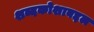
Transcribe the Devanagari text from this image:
शब्दकोशाबद्दल